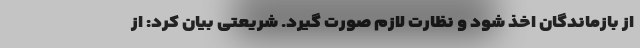
از بازماندگان اخذ شود و نظارت لازم صورت گیرد. شریعتی بیان کرد: از